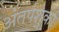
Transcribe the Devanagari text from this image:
अंतर्पशुका